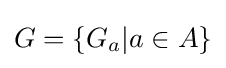
G=\{G_{a}|a\in A\}